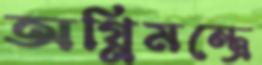
অগ্নিমন্ত্রে